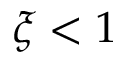
\xi < 1